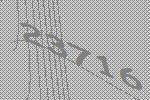
23716